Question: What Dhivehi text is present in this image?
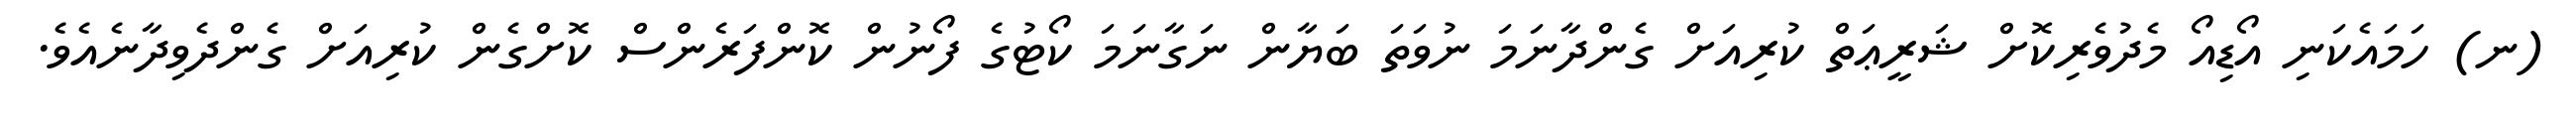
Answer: (ނ) ހަމައެކަނި އޯޑިއޯ މެދުވެރިކޮށް ޝަރީޢަތް ކުރިއަށް ގެންދާނަމަ ނުވަތަ ބަޔާން ނަގާނަމަ ކޯޓުގެ ފޯނުން ކޮންފަރެންސް ކޮށްގެން ކުރިއަށް ގެންދެވިދާނެއެވެ.